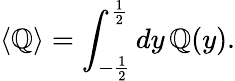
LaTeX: \langle\mathbb{Q}\rangle=\int_{-\frac{{1}}{{2}}}^{\frac{{1}}{{2}}}dy\, \mathbb{Q}(y).